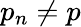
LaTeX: {p}_{n}\neq p